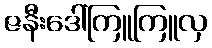
ဇနီးဒေါ်ကြူကြူလှ